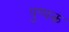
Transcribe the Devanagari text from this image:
पुष्‍पकं